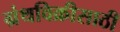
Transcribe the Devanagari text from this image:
ग्रंथविक्रीसाठी